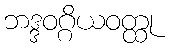
ဘဒ္ဒဝဂ္ဂိယဝတ္ထု